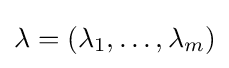
\lambda =(\lambda _{1},\dotsc ,\lambda _{m})